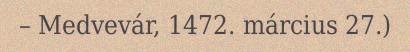
– Medvevár, 1472. március 27.)